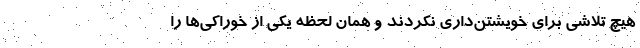
هیچ تلاشی برای خویشتن‌داری نکردند و همان لحظه یکی از خوراکی‌ها را